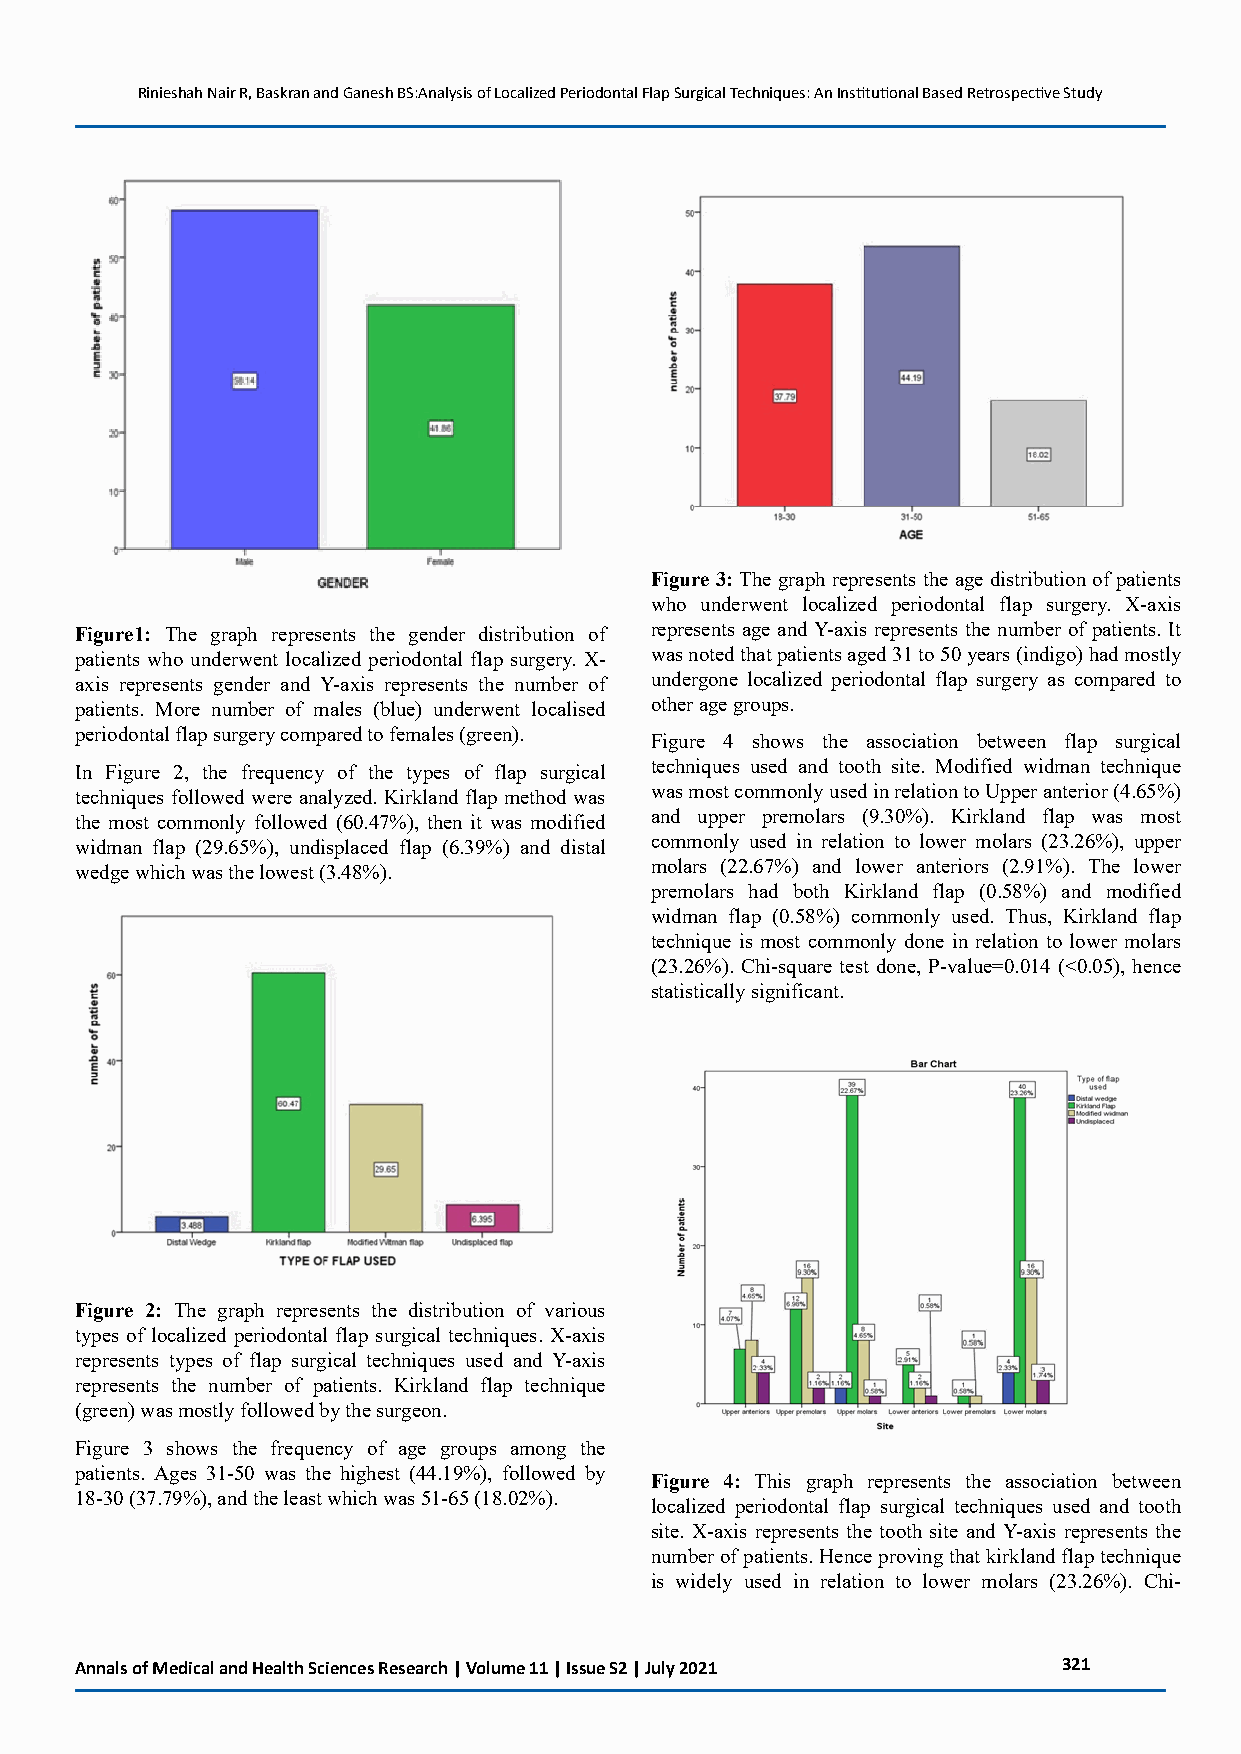
Rinieshah Nair R, Baskran and Ganesh BS:Analysis of Localized Periodontal Flap Surgical Techniques: An Institutional Based Retrospective Study
 Figure 3: The graph represents the age distribution of patients
 who underwent localized periodontal flap surgery. X-axis
 Figure1: The graph represents the gender distribution of represents age and Y-axis represents the number of patients. It
 patients who underwent localized periodontal flap surgery. X- was noted that patients aged 31 to 50 years (indigo) had mostly
 axis represents gender and Y-axis represents the number of undergone localized periodontal flap surgery as compared to
 patients. More number of males (blue) underwent localised other age groups.
 periodontal flap surgery compared to females (green).
 Figure 4 shows the association between flap surgical
 In Figure 2, the frequency of the types of flap surgical techniques used and tooth site. Modified widman technique
 techniques followed were analyzed. Kirkland flap method was was most commonly used in relation to Upper anterior (4.65%)
 the most commonly followed (60.47%), then it was modified and upper premolars (9.30%). Kirkland flap was most
 widman flap (29.65%), undisplaced flap (6.39%) and distal commonly used in relation to lower molars (23.26%), upper
 wedge which was the lowest (3.48%).   molars (22.67%) and lower anteriors (2.91%). The lower
 premolars had both Kirkland flap (0.58%) and modified
 widman flap (0.58%) commonly used. Thus, Kirkland flap
 technique is most commonly done in relation to lower molars
 (23.26%). Chi-square test done, P-value=0.014 (<0.05), hence
 statistically significant.
 Figure 2: The graph represents the distribution of various
 types of localized periodontal flap surgical techniques. X-axis
 represents types of flap surgical techniques used and Y-axis
 represents the number of patients. Kirkland flap technique
 (green) was mostly followed by the surgeon.
 Figure 3 shows the frequency of age groups among the
 patients. Ages 31-50 was the highest (44.19%), followed by
 Figure 4: This graph represents the association between
 18-30 (37.79%), and the least which was 51-65 (18.02%).
 localized periodontal flap surgical techniques used and tooth
 site. X-axis represents the tooth site and Y-axis represents the
 number of patients. Hence proving that kirkland flap technique
 is widely used in relation to lower molars (23.26%). Chi-
 Annals of Medical and Health Sciences Research | Volume 11 | Issue S2 | July 2021 321